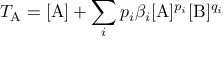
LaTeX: T _ { \mathrm { A } } = [ \mathrm { A } ] + \sum _ { i } p _ { i } \beta _ { i } [ \mathrm { A } ] ^ { p _ { i } } [ \mathrm { B } ] ^ { q _ { i } }